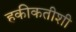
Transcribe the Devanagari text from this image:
हकीकतीशी